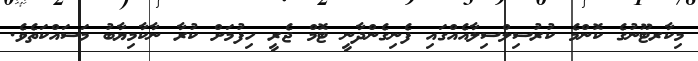
މިކާރޓޫނުގެ ކޮންމެ ކުރުސިލްސިލާއެއްގައި ފެނިގެންދާނީ ޓޮމް ޖެރީ ހިފުމަށް ކުރާ ނާކާމިޔާބު މަސައްކަތެވެ.